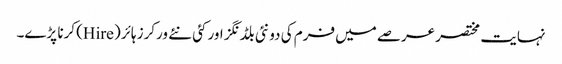
نہایت مختصر عرصے میں فرم کی دو نئی بلڈنگز اور کئی نئے ورکرز ہائر (Hire) کرنا پڑے۔